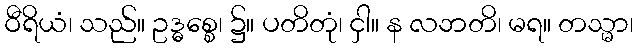
ဝီရိယံ၊ သည်။ ဥဒ္ဓစ္စေ၊ ၌။ ပတိတုံ၊ ငှါ။ န လဘတိ၊ မရ။ တသ္မာ၊